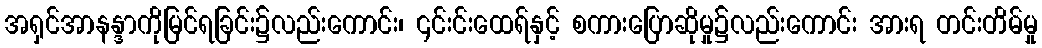
အရှင်အာနန္ဒာကိုမြင်ရခြင်း၌လည်းကောင်း၊ ၎င်းင်းထေရ်နှင့် စကားပြောဆိုမှု၌လည်းကောင်း အားရ တင်းတိမ်မှု